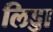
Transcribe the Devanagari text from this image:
लिड्डा